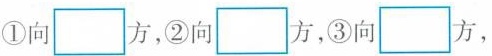
①向\Box方，②向\Box方，③向\Box方,